Annual administration report of the Civil Veterinary Department of India - 1899-1900
Year: 1899
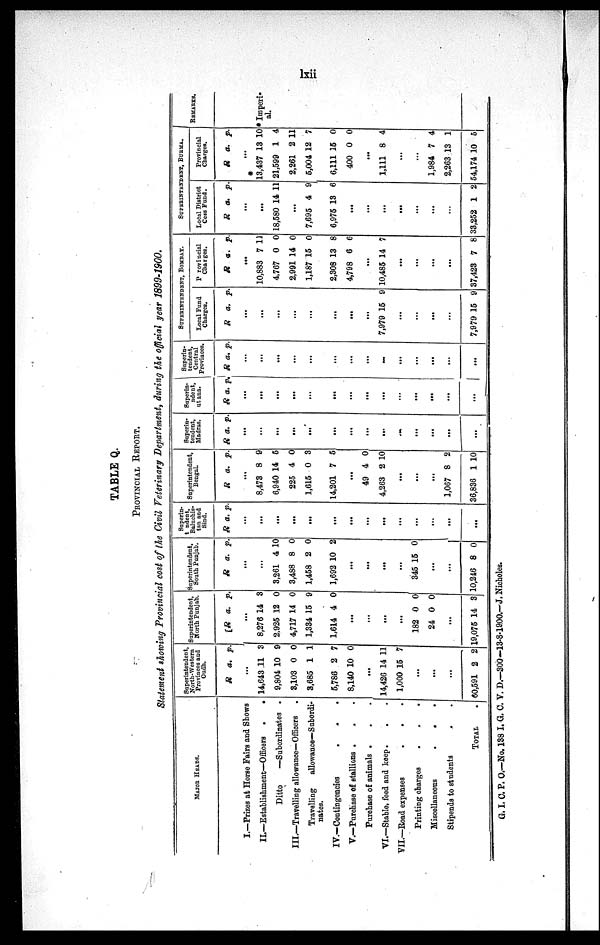
lxii
TABLE Q.
PROVINCIAL REPORT.
Statement showing Provincial cost of the Civil Veterinary Department, during the official year 1899-1900.
MAJOR HEADS.
I.—Prizes at Horse Fairs and Shows
II.—Establishment—Officers
.
.
Ditto
—Subordinates .
III.—Travelling allowance—Officers .
Travelling
allowance—Subordi-
nates.
IV.—Contingencies
.
.
.
V.—Purchase of stallions . . .
Purchase of animals . . .
VI.—Stable, feed and keep. . .
VII.—Road expenses
. . .
Printing charges
.
.
.
Miscellaneous
.
.
.
Stipends to students
. .
TOTAL .
Superintendent,
North-Western
Provinces and
Oudh.
R a. p.
...
14,643
9,804
3,103
3,685
5,786
8,140
11
10
0
1
2
10
3
9
0
1
7
0
...
14,426
1,000
14
15
11
7
...
...
...
60,591 2 2
Superintendent,
North Punjab.
R a. p
...
8,276
2,925
4,717
1,334
1,614
14
12
14
15
4
3
0
0
9
0
...
...
...
...
182
24
0
0
0
0
...
19,075 1 4 3
Superintendent,
South Punjab.
R a. p.
...
...
3,261
3,488
1,458
1,692
4
8
2
10
10
0
0
2
...
...
...
...
345 15 0
...
...
10,246 8 0
Superin-
t ndent
Baluchis-
tan and
Sind.
R a. p.
...
...
...
...
...
...
...
...
...
...
...
...
...
...
Superintendent,
Bengal.
R a. p.
...
8,473
6,940
225
1,615
14,201
8
14
4
0
7
9
5
0
3
5
...
49
4,263
4
2
0
10
...
...
...
1,067
36,836
8
1
2
10
Superin-
tendent,
Madras.
R a. p.
...
...
...
...
...
...
...
...
...
...
...
...
...
...
Superin-
ndent
ut ana.
R a. p.
...
...
...
...
...
...
...
...
...
...
...
...
...
...
Superin-
tendent,
Central
Provinces.
R a. p.
...
...
...
...
...
...
...
...
...
...
...
...
...
...
SUPERINTENDENT, BOMBAY.
Local Fund
Charges.
R a. p.
...
...
...
...
...
...
...
...
7,979 15 9
...
...
...
...
7,979 15 9
P rovincial
Charges.
R a . p.
...
10,883
4,767
2,991
1,187
2,308
4,798
7
0
14
15
13
6
11
0
0
0
8
6
...
10,485 14 7
...
...
...
...
37,423 7 8
SUPERINTENDENT, BURMA.
Local District
Cess Fund.
R a. p.
...
...
18,580 14 11
...
7,695
6,975
4
13
9
6
...
...
...
...
...
...
...
33,252 1 2
Provincial
Charges.
R a. p.
...
13,437
21,599
2,261
5,004
6,111
400
13
1
2
12
15
0
10
4
11
7
0
0
...
1,111 8 4
...
...
1,984
2,263
54,174
7
13
10
4
1
5
REMARKS.
* Imperi-
al.
G. I. C. P. O.—No. 138 I. G. C. V. D.—300-13-8-1900.—J. Nicholes.